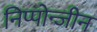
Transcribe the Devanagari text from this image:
निप्पोन्जीन